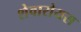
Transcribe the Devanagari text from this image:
शेवारोयस